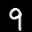
Label: 9